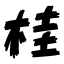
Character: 桂